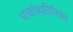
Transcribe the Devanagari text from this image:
धावांव्यतिरिक्त